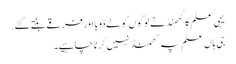
یہی علم کا گهمنڈ نے لوگوں کو لے ڈوبا اور فرقے بنتے گئے.
جی ہاں علم پہ گھمنڈ نہیں کرنا چاہیے۔